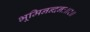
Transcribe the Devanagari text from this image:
भूमिनन्दनः॥२॥